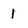
Character: 1